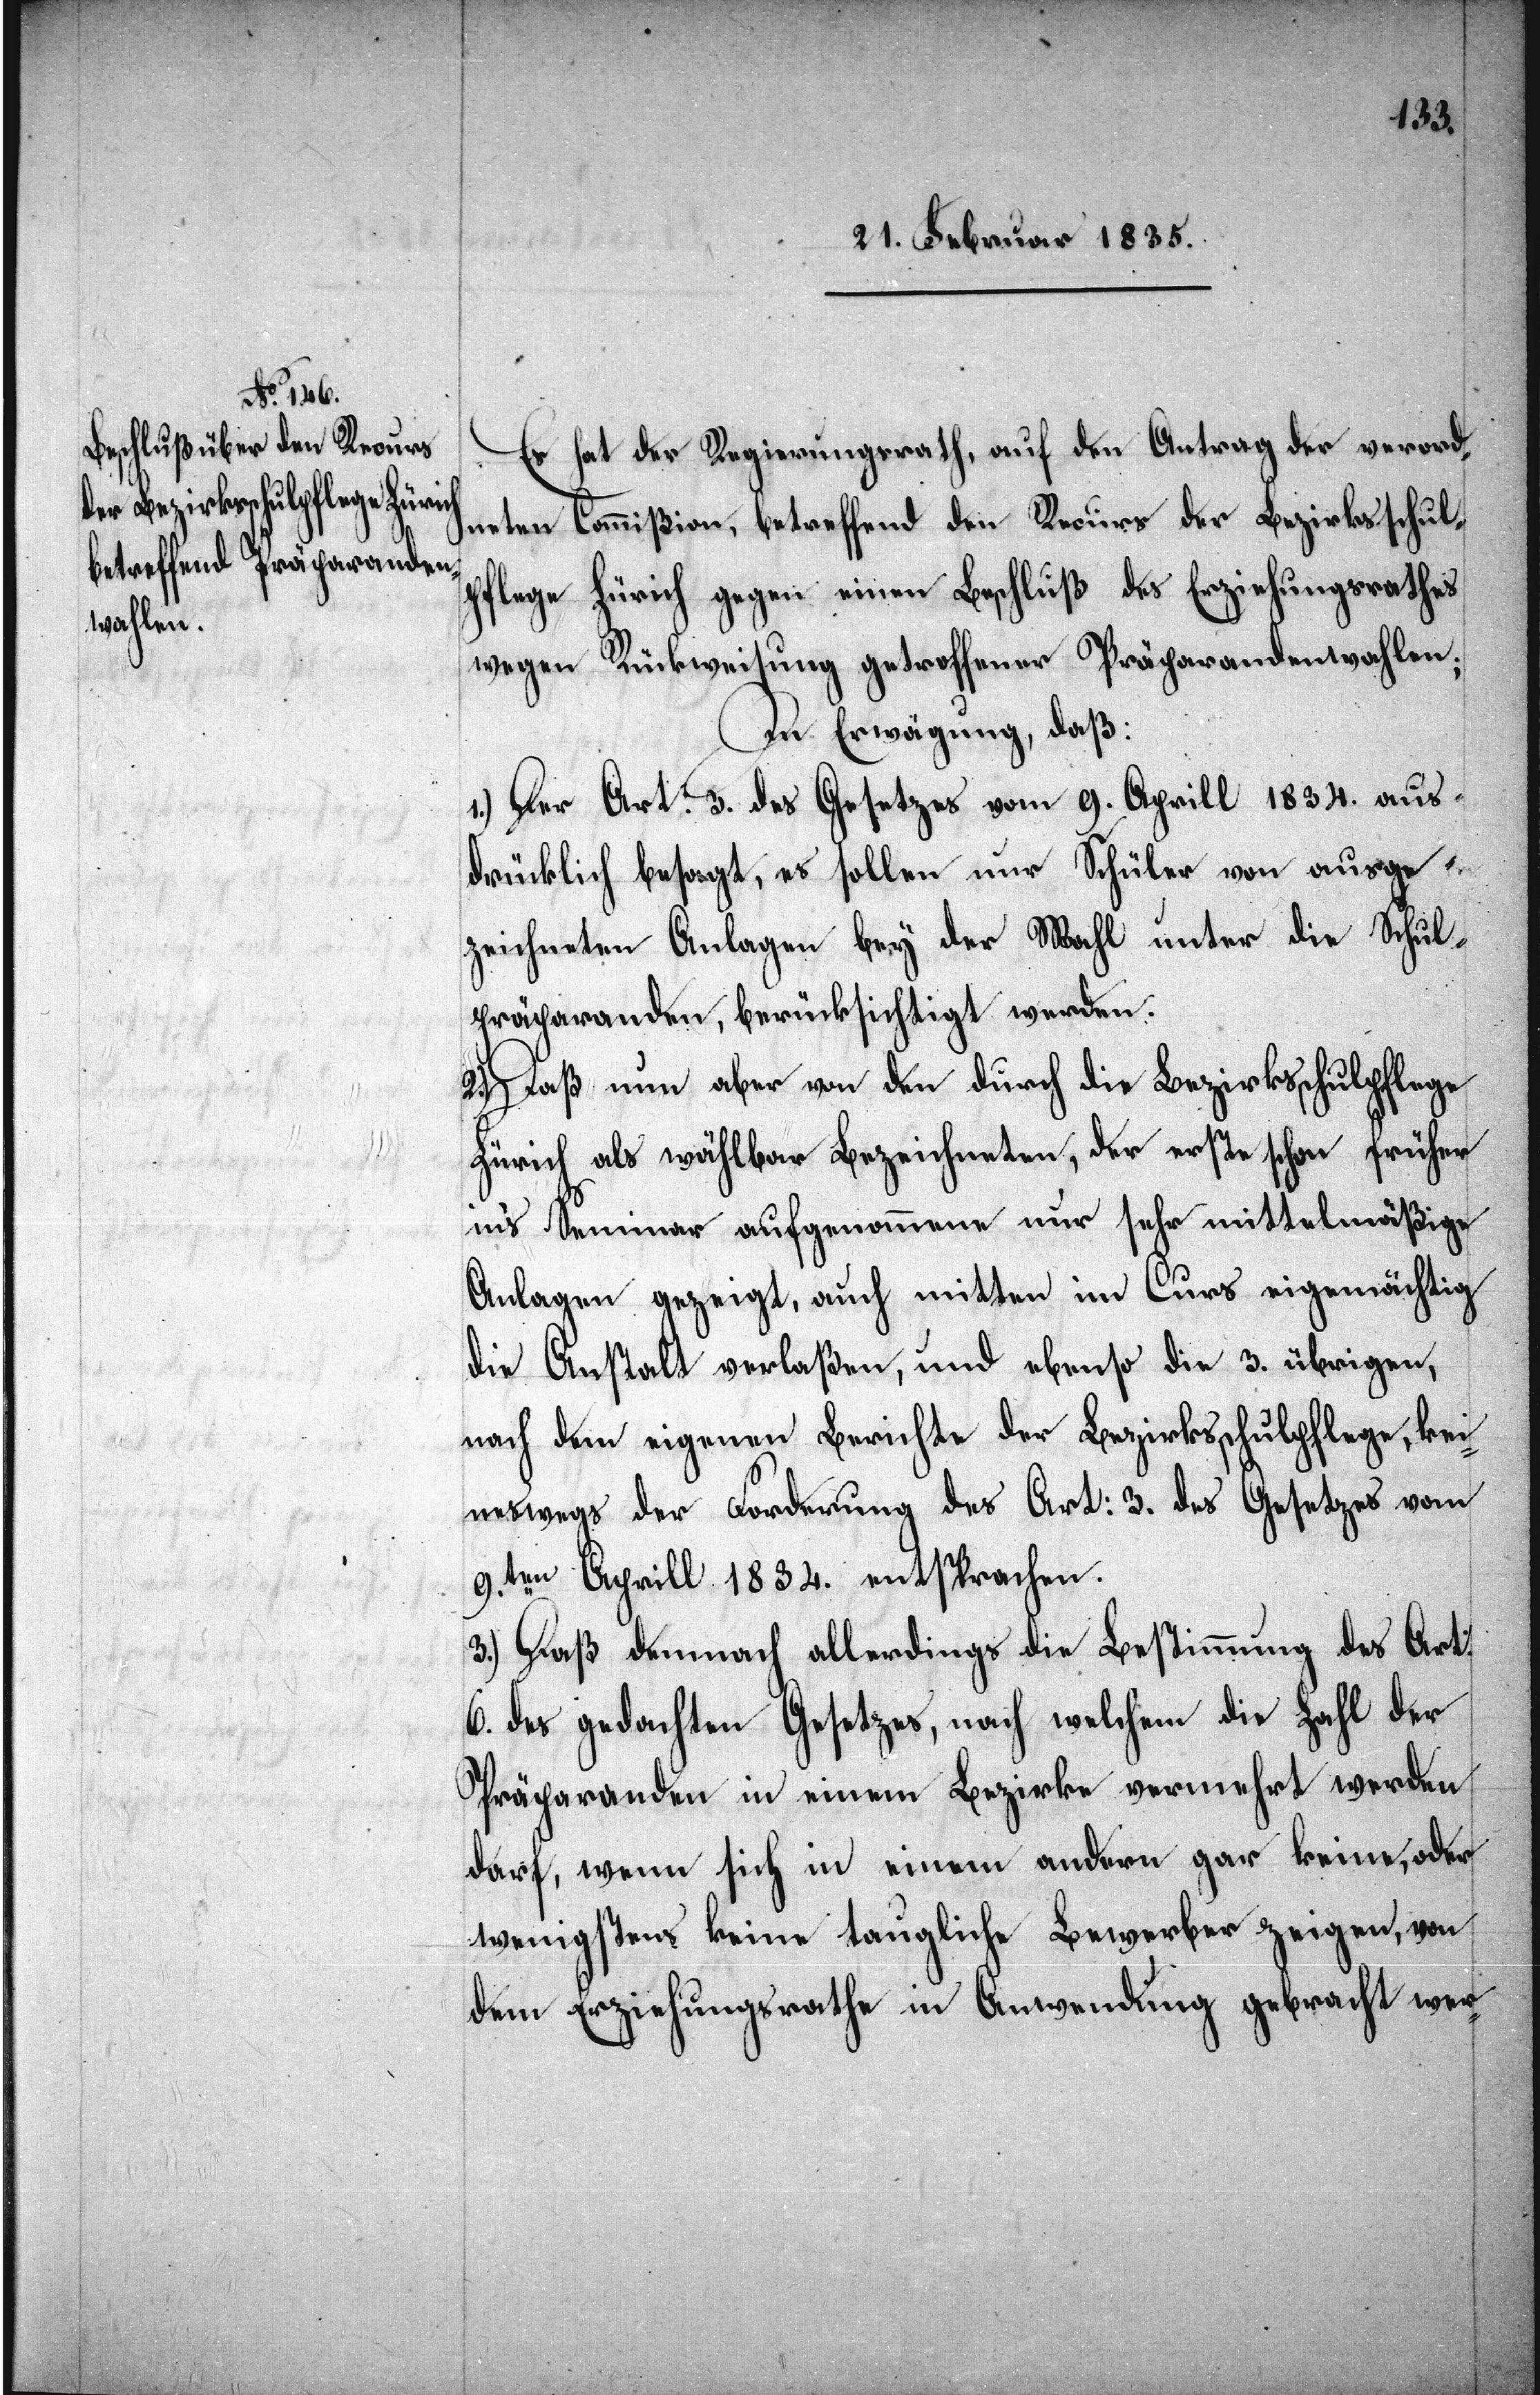
dem Bezirksrathe in

Es hat der Regierungsrath, auf den Antrag der verord¬
neten Commißion, betreffend den Recurs der Bezirksschul¬
pflege Zürich gegen einen Beschluß des Erziehungsrathes
wegen Rückweisung getroffener Präparandenwahlen;
In Erwägung, daß:
1.) Der Art: 3. des Gesetzes vom 9. Aprill 1834. aus¬
drücklich besagt, es sollen nur Schüler von ausge¬
zeichneten Anlagen bey der Wahl unter die Schul¬
präparanden, berücksichtigt werden.
2.) Daß nun aber von den durch die Bezirksschulpflege
Zürich als wählbar Bezeichneten, der erste schon früher
ins Seminar aufgenommene nur sehr mittelmäßige
Anlagen gezeigt, auch mitten im Curs eigenmächtig
die Anstalt verlaßen, und ebenso die 3. übrigen,
nach dem eigenen Berichte der Bezirksschulpflege, kei¬
neswegs der Forderung des Art: 3. des Gesetzes vom
9.ten Aprill 1834. entsprachen.
3.) Daß demnach allerdings die Bestimmung des Art:
6. des gedachten Gesetzes, nach welchem die Zahl der
Präparanden in einem Bezirke vermehrt werden
darf, wenn sich in einem andern gar keine, oder
wenigstens keine taugliche Bewerber zeigen, von